Vaccination North-Western Provinces 1866-1877 - 1866-1877
Year: 1866
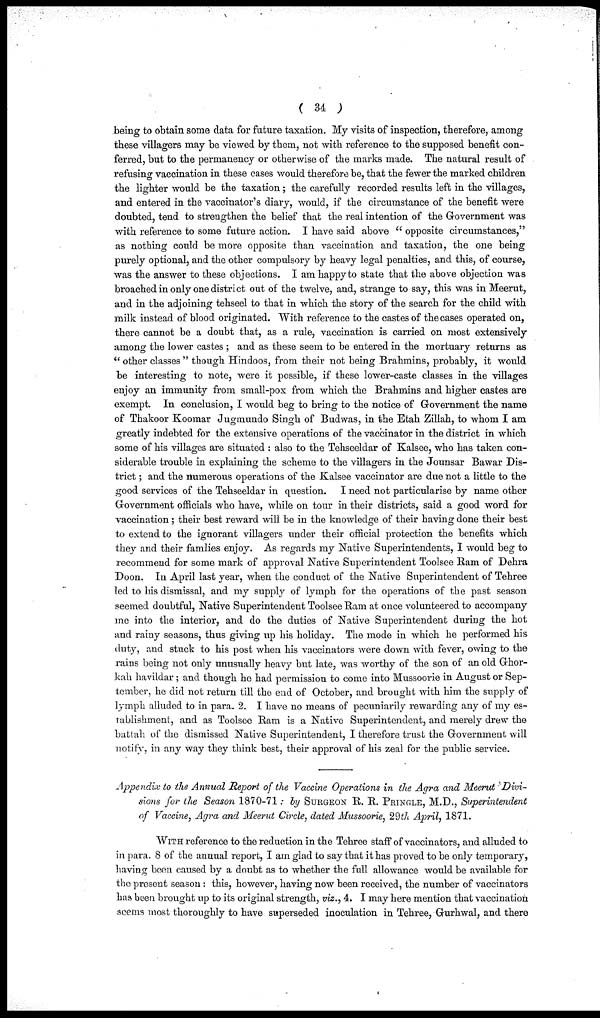
( 34 )
being to obtain some data for future taxation. My visits of inspection, therefore, among
these villagers may be viewed by them, not with reference to the supposed benefit con-
ferred, but to the permanency or otherwise of the marks made. The natural result of
refusing vaccination in these cases would therefore be, that the fewer the marked children
the lighter would be the taxation; the carefully recorded results left in the villages,
and entered in the vaccinator's diary, would, if the circumstance of the benefit were
doubted, tend to strengthen the belief that the real intention of the Government was
with reference to some future action. I have said above " opposite circumstances,"
as nothing could be more opposite than vaccination and taxation, the one being
purely optional, and the other compulsory by heavy legal penalties, and this, of course,
was the answer to these objections. I am happy to state that the above objection was
broached in only one district out of the twelve, and, strange to say, this was in Meerut,
and in the adjoining tehseel to that in which the story of the search for the child with
milk instead of blood originated. With reference to the castes of the cases operated on,
there cannot be a doubt that, as a rule, vaccination is carried on most extensively
among the lower castes ; and as these seem to be entered in the mortuary returns as
"other classes" though Hindoos, from their not being Brahmins, probably, it would
be interesting to note, were it possible, if these lower-caste classes in the villages
enjoy an immunity from small-pox from which the Brahmins and higher castes are
exempt. In conclusion, I would beg to bring to the notice of Government the name
of Thakoor Koomar Jugmundo Singh of Budwas, in the Etah Zillah, to whom I am
greatly indebted for the extensive operations of the vaccinator in the district in which
some of his villages are situated : also to the Tehseeldar of Kalsee, who has taken con-
siderable trouble in explaining the scheme to the villagers in the Jounsar Bawar Dis-
trict ; and the numerous operations of the Kalsee vaccinator are due not a little to the
good services of the Tehseeldar in question. I need not particularise by name other
Government officials who have, while on tour in their districts, said a good word for
vaccination; their best reward will be in the knowledge of their having done their best
to extend to the ignorant villagers under their official protection the benefits which
they and their famlies enjoy. As regards my Native Superintendents, I would beg to
recommend for some mark of approval Native Superintendent Toolsee Ram of Dehra
Doon. In April last year, when the conduct of the Native Superintendent of Tehree
led to his dismissal, and my supply of lymph for the operations of the past season
seemed doubtful, Native Superintendent Toolsee Ram at once volunteered to accompany
me into the interior, and do the duties of Native Superintendent during the hot
and rainy seasons, thus giving up his holiday. The mode in which he performed his
duty, and stuck to his post when his vaccinators were down with fever, owing to the
rains being not only unusually heavy but late, was worthy of the son of an old Ghor¬
kah havildar ; and though he had permission to come into Mussoorie in August or Sep-
tember, he did not return till the end of October, and brought with him the supply of
lymph alluded to in para. 2. I have no means of pecuniarily rewarding any of my es-
tablishment, and as Toolsee Ram is a Native Superintendent, and merely drew the
battah of the dismissed Native Superintendent, I therefore trust the Government will
notify, in any way they think best, their approval of his zeal for the public service.
Appendix to the Annual Report of the Vaccine Operations in the Agra and Meerut Divi-
sions for the Season 1870-71: by SURGEON R. R. PRINGLE, M.D., Superintendent
of Vaccine, Agra and Meerut Circle, dated Mussoorie, 29th April, 1871.
WITH reference to the reduction in the Tehree staff of vaccinators, and alluded to
in para. 8 of the annual report, I am glad to say that it has proved to be only temporary,
having been caused by a doubt as to whether the full allowance would be available for
the present season : this, however, having now been received, the number of vaccinators
has been brought up to its original strength, viz., 4. I may here mention that vaccination
seems most thoroughly to have superseded inoculation in Tehree, Gurhwal, and there